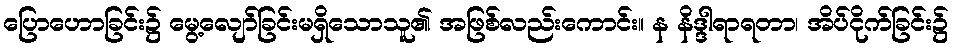
ပြောဟောခြင်း၌ မွေ့လျော်ခြင်းမရှိသောသူ၏ အဖြစ်လည်းကောင်း။ န နိဒ္ဒါရာရတာ၊ အိပ်ငိုက်ခြင်း၌